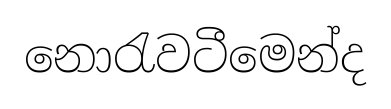
නොරැවටීමෙන්ද